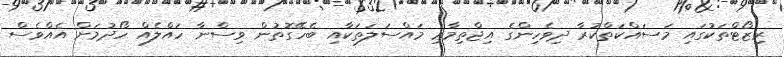
ރިޒޯޓްތަކުގައި މަސައްކަތްކުރާ ދިވެހިންގެ އިޖްތިމާޢި މައްސަލަތަކާއި ބެހޭގޮތުން ވިސްނާ ހައްލެއް ހޯދުމަށް އެއްވެސް